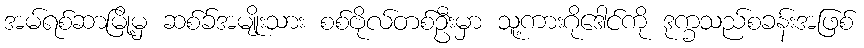
အမ်ရစ်ဆာမြို့မှ ဆစ်ခ်အမျိုးသား စစ်ဗိုလ်တစ်ဦးမှာ သူ့ကားဂိုဒေါင်ကို ဒုက္ခသည်စခန်းအဖြစ်